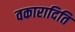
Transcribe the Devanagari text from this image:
वकारादिति